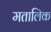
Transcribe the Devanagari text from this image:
मतालिक